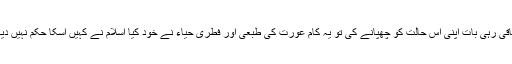
باقی رہی بات اپنی اس حالت کو چھپانے کی تو یہ کام عورت کی طبعی اور فطری حیاء نے خود کیا اسلام نے کہیں اسکا حکم نہیں دیا۔